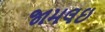
જામલઇ